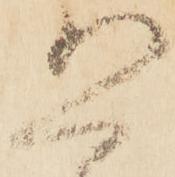
恐